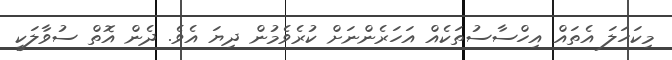
މިކަހަލަ އެތައް އިހްސާސުތަކެއް އަހަރެންނަށް ކުރެވެމުން ދިޔަ އެވެ. ދެން އޮތް ސުވާލަކީ